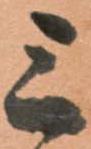
三